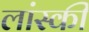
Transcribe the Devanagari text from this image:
लांस्की